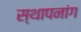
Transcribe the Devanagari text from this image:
स्थापनांग